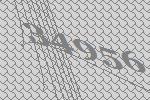
34956